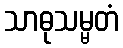
သာဓုသမ္မတံ